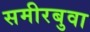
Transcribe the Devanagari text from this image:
समीरबुवा